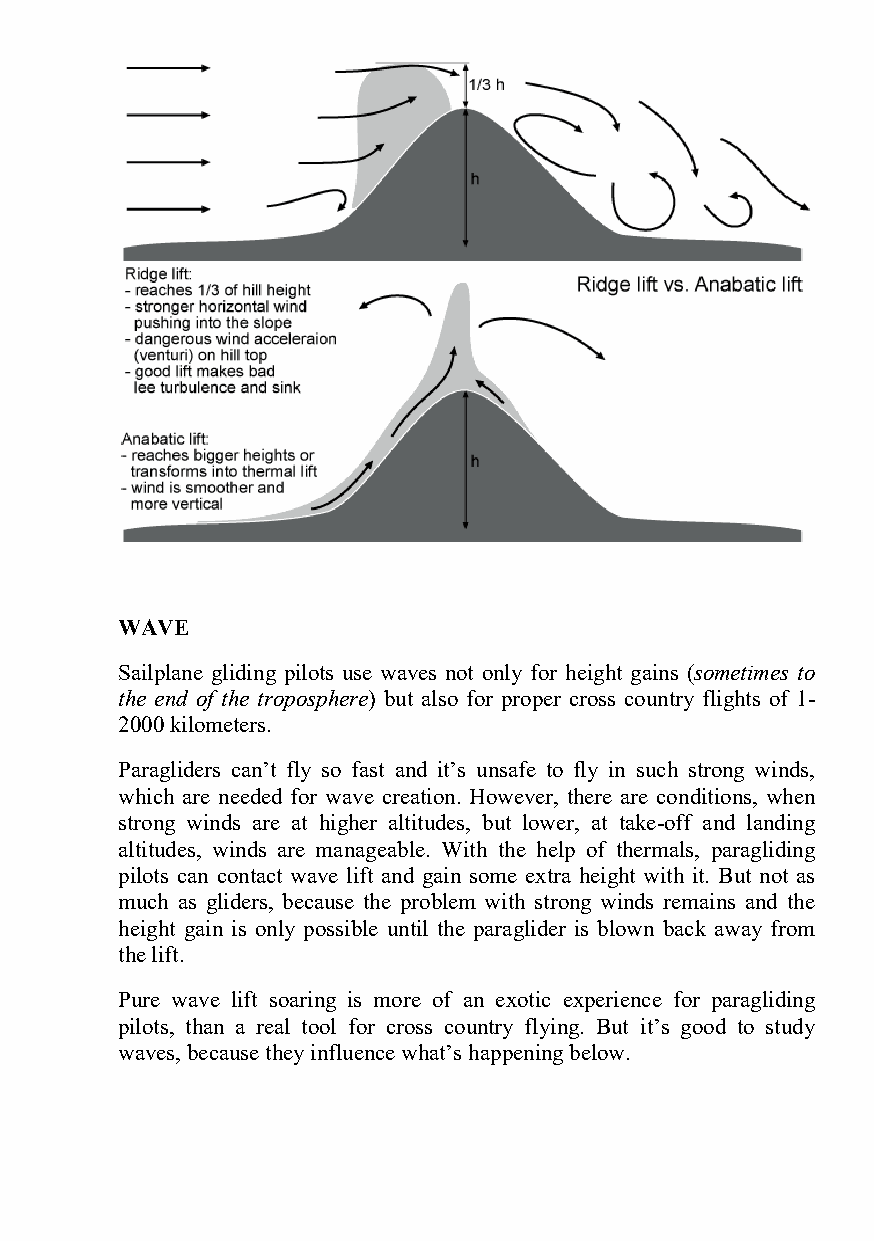
WAVE
 Sailplane gliding pilots use waves not only for height gains (sometimes to
 the end of the troposphere) but also for proper cross country flights of 1-
 2000 kilometers.
 Paragliders can’t fly so fast and it’s unsafe to fly in such strong winds,
 which are needed for wave creation. However, there are conditions, when
 strong winds are at higher altitudes, but lower, at take-off and landing
 altitudes, winds are manageable. With the help of thermals, paragliding
 pilots can contact wave lift and gain some extra height with it. But not as
 much as gliders, because the problem with strong winds remains and the
 height gain is only possible until the paraglider is blown back away from
 the lift.
 Pure wave lift soaring is more of an exotic experience for paragliding
 pilots, than a real tool for cross country flying. But it’s good to study
 waves, because they influence what’s happening below.